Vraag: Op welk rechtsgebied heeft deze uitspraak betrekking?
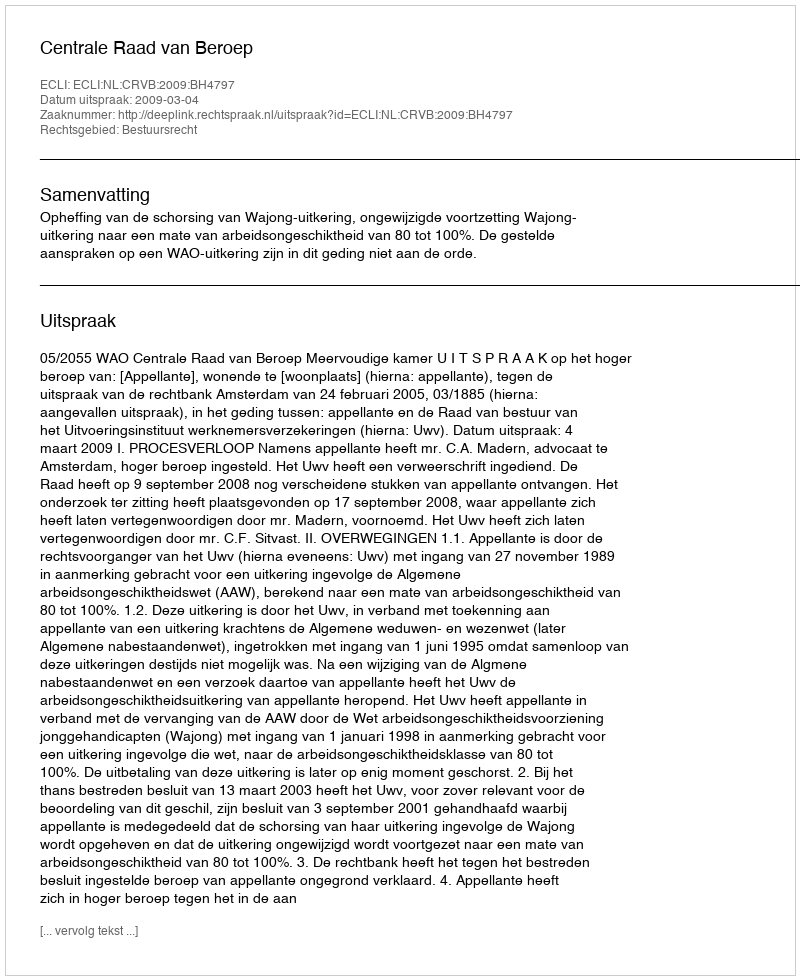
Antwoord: Bestuursrecht